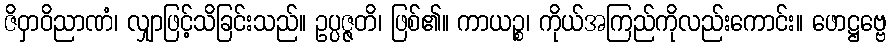
ဇိဝှာဝိညာဏံ၊ လျှာဖြင့်သိခြင်းသည်။ ဥပ္ပဇ္ဇတိ၊ ဖြစ်၏။ ကာယဉ္စ၊ ကိုယ်အကြည်ကိုလည်းကောင်း။ ဖောဋ္ဌဗ္ဗေ